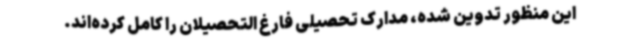
این منظور تدوین شده، مدارک تحصیلی فارغ التحصیلان را کامل کرده‌اند.